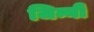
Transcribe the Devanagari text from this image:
जिन्नी